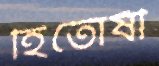
হিতোষী